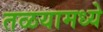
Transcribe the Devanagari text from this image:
तळयामध्ये